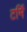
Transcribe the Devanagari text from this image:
टर्मि